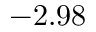
- 2 . 9 8